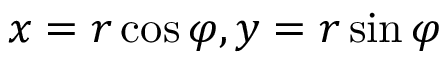
x = r \cos \varphi , y = r \sin \varphi